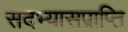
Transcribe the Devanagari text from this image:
सदभ्यासप्राप्ति